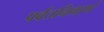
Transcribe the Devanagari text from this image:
पर्वतनिमार्ण